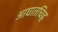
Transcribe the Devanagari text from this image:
आघातचिह्र